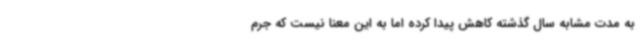
به مدت مشابه سال گذشته کاهش پیدا کرده اما به این معنا نیست که جرم